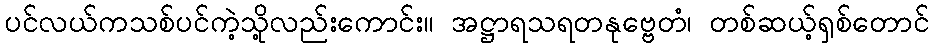
ပင်လယ်ကသစ်ပင်ကဲ့သို့လည်းကောင်း။ အဋ္ဌာရသရတနုဗ္ဗေတံ၊ တစ်ဆယ့်ရှစ်တောင်